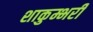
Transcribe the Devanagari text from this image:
शाकुम्भरी